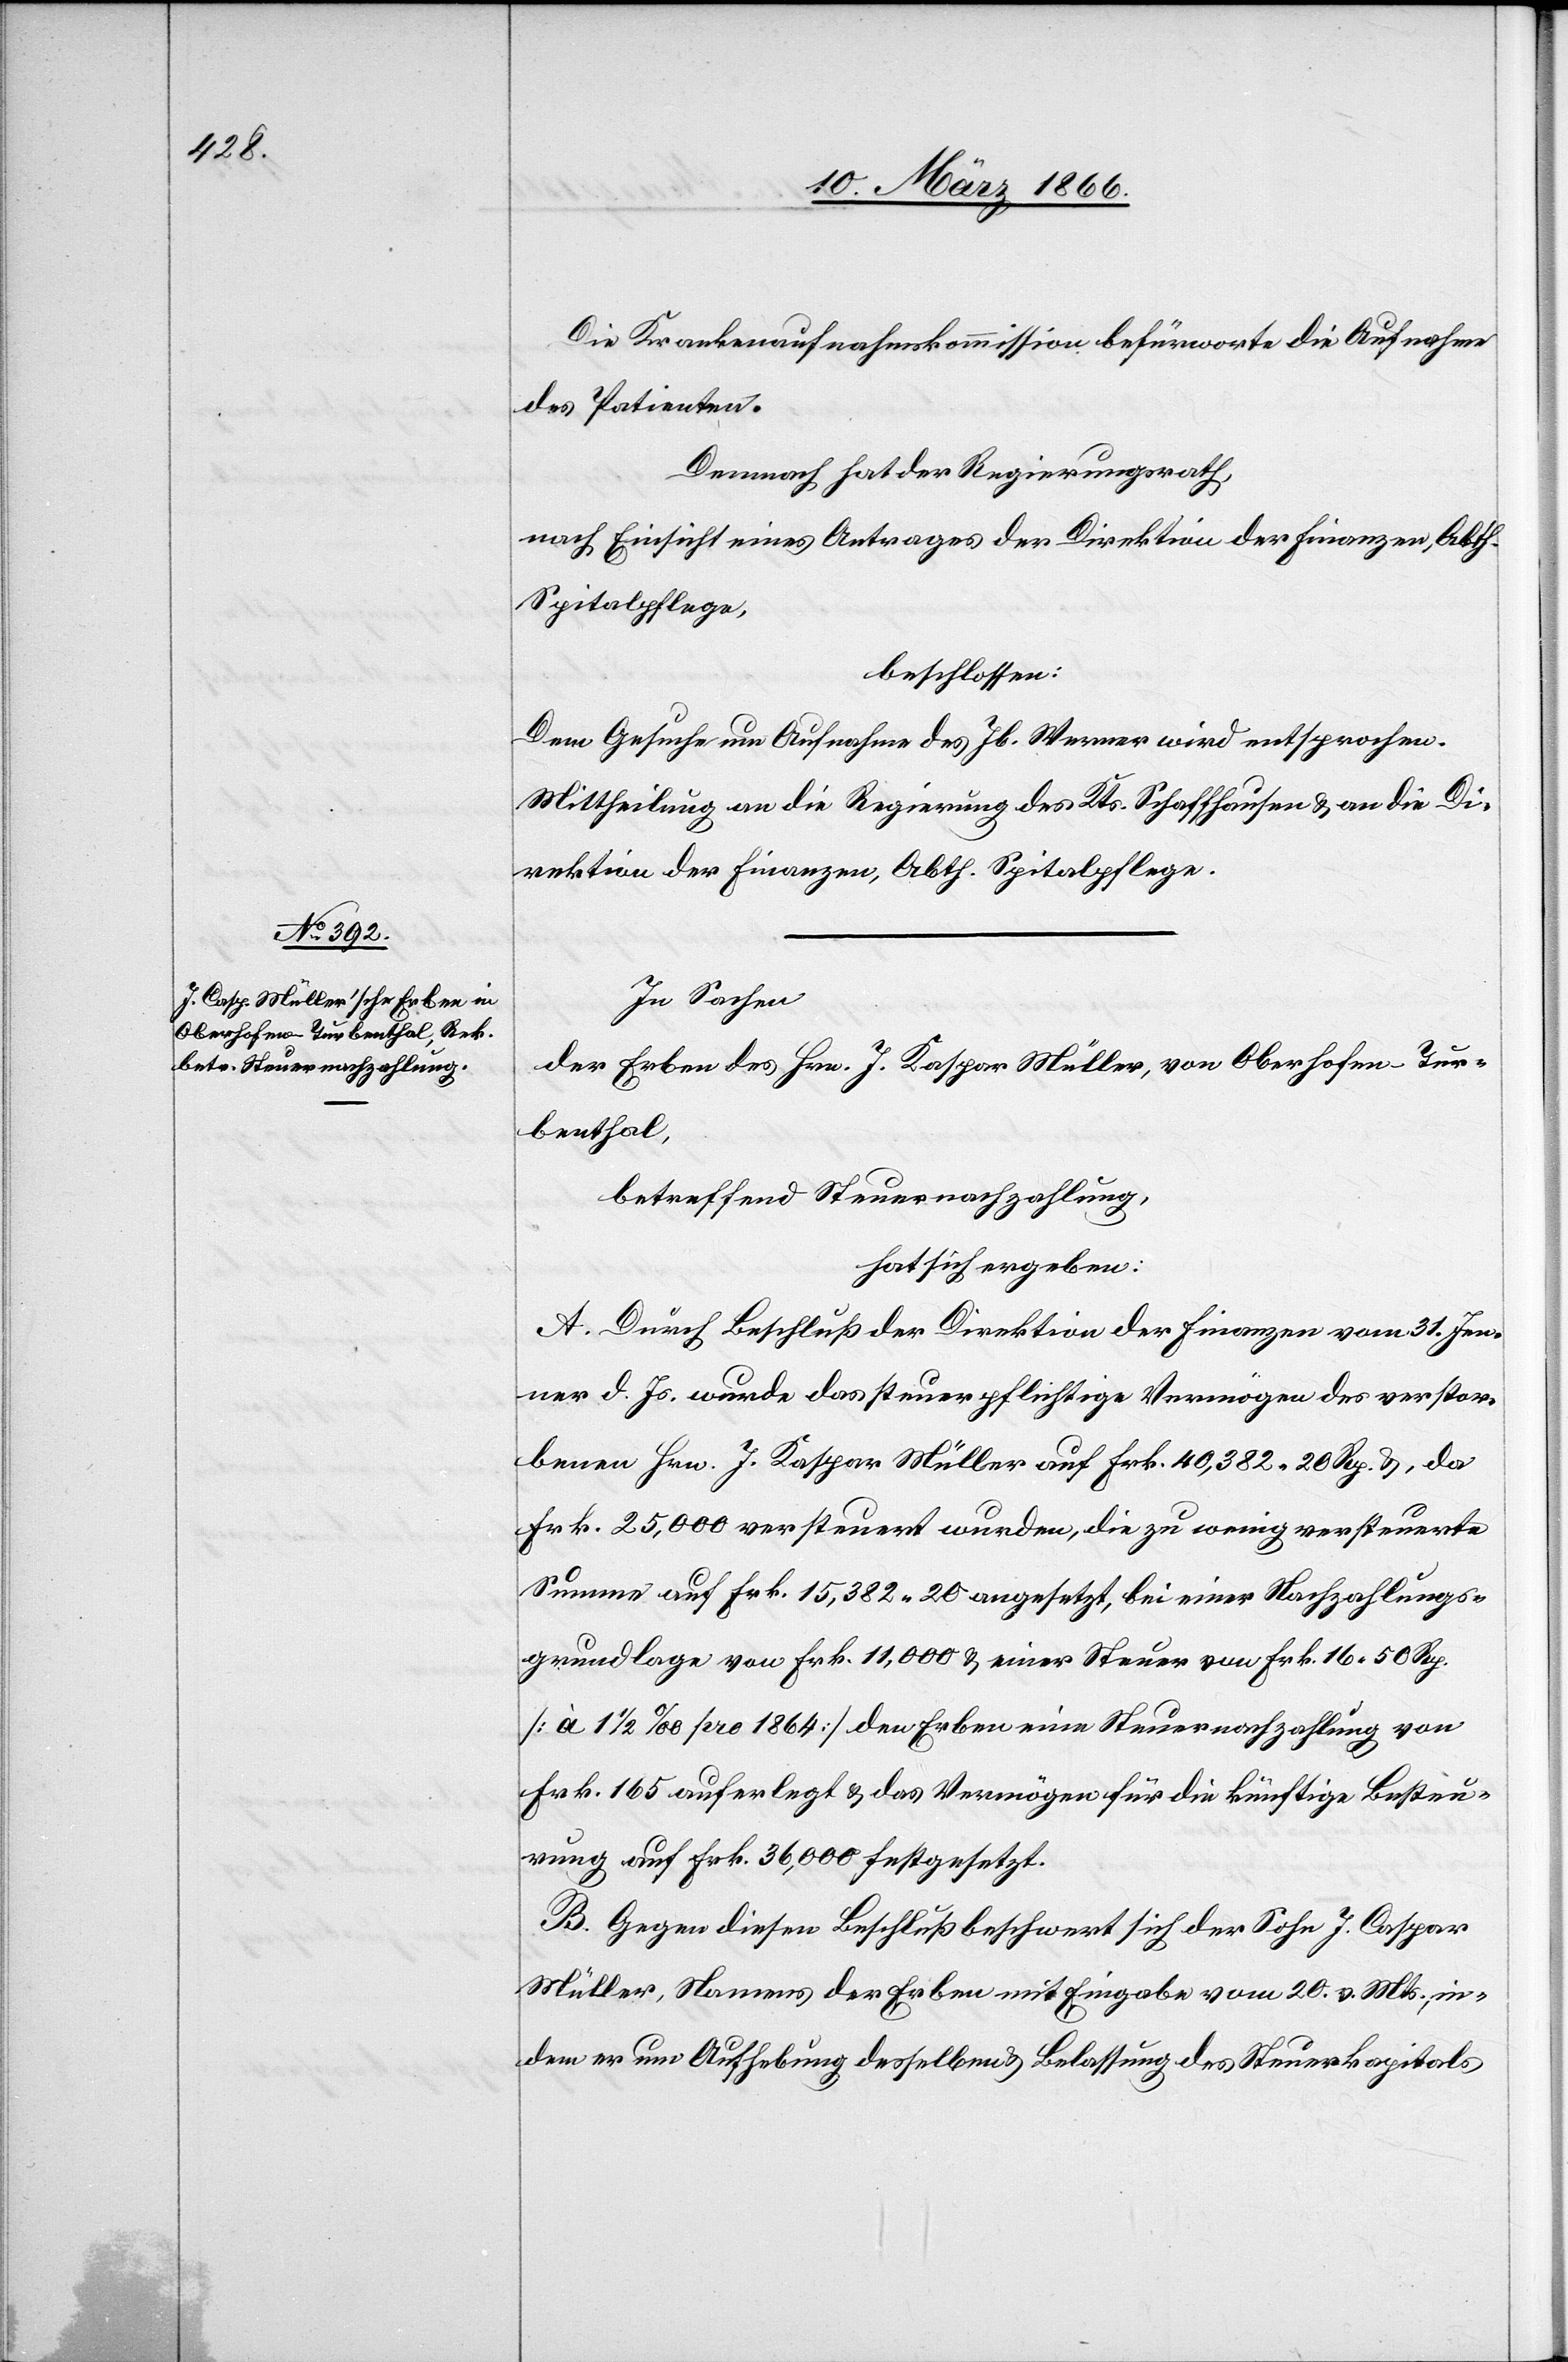
Die Krankenaufnahmskommission befürworte die Aufnahme
des Patienten.
Demnach hat der Regierungsrath,
nach Einsicht eines Antrages der Direktion des Finanzen, Abth.
Spitalpflege,
beschlossen:
Dem Gesuche um Aufnahme des Jb. Werner wird entsprochen.
Mittheilung an die Regierung des Kts. Schaffhausen u. an die Di¬
rektion der Finanzen, Abth. Spitalpflege.
In Sachen
der Erben des Hrn. J. Kaspar [sic!] Müller, von Oberhofen - Tur¬
benthal,
betreffend Steuernachzahlung,
hat sich ergeben:
A. Durch Beschluß der Direktion der Finanzen vom 31. Jen¬
ner d. Js. wurde das steuerpflichtige Vermögen des verstor¬
benen Hrn. J. Kaspar Müller auf Frk. 40 382 20 Rp. u., da
Frk. 25 000 versteuert wurden, die zu wenige versteuerte
Summe auf Frk. 15 382 20 angesetzt, bei einer Nachzahlungs¬
grundlage von Frk. 11 000 u einer Steuer von Frk. 16 50 Rp.
[à 1 1/2 ‰ pro 1864] den Erben eine Steuernachzahlung von
Frk. 165 auferlegt u. das Vermögen für die künftige Besteu¬
erung auf Frk. 36 000 festgesetzt.
B. Gegen diesen Beschluß beschwert sich der Sohn J. Caspar
Müller, Namens der Erben mit Eingabe vom 20. v. Mts., in¬
dem er um Aufhebung desselben u. Belassung des Steuerkapitals